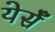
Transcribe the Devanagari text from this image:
येर्सँ